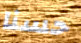
حسنا